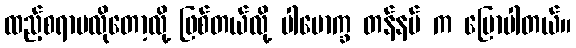
ထည့်စရာမလိုတော့လို့ ဖြစ်တယ်လို့ ပါမောက္ခ တန်နမ် က ပြောပါတယ်။